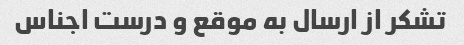
تشکر از ارسال به موقع و درست اجناس